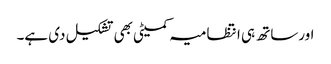
اورساتھ ہی انتظامیہ کمیٹی بھی تشکیل دی ہے۔